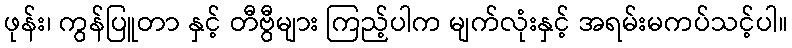
ဖုန်း၊ ကွန်ပြူတာ နှင့် တီဗွီများ ကြည့်ပါက မျက်လုံးနှင့် အရမ်းမကပ်သင့်ပါ။